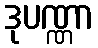
ဒုပဏ္ဏာ